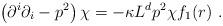
LaTeX: \begin{align*}\left(\partial^i\partial_i-p^2\right)\chi=-\kappa L^d p^2\chi f_1(r)~.\end{align*}